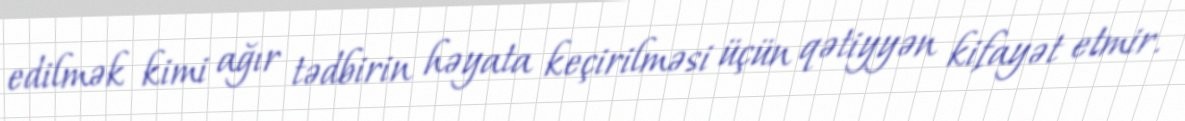
edilmək kimi ağır tədbirin həyata keçirilməsi üçün qətiyyən kifayət etmir.